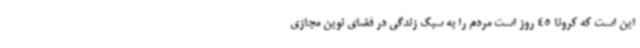
این است که کرونا 45 روز است مردم را به سبک زندگی در فضای نوین مجازی